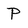
Character: P